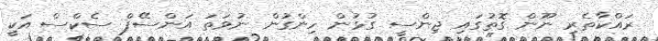
ރައްކާތެރި ނޫން ގޮތުގައި ޖިންސީ ގުޅުން ހިންގުން ނުވަތަ އަންސޭފް ސެކްސް އަކީ